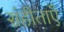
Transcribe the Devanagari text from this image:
संहीताएँ